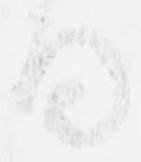
日